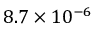
8 . 7 \times 1 0 ^ { - 6 }